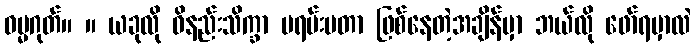
ဓမ္မဂုတ်။ ။ ယခုလို ဝိနည်းသိက္ခာ ဗရမ်းဗတာ ဖြစ်နေတဲ့အချိန်မှာ ဘယ်လို ဖော်ရမှာလဲ